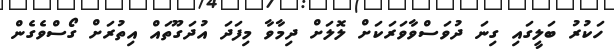
ހަކުރު ބަލީގައި ގިނަ ދުވަސްވާވަރަކަށް ލޮލަށް ދިމާވާ މިފަދަ އުދަގޫތައް އިތުރަށް ގޯސްވެގެން